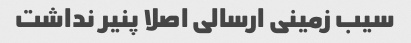
سیب زمینی ارسالی اصلا پنیر نداشت